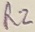
Text: R2